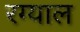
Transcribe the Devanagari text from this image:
रग्याल